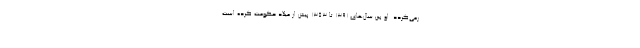
رمی‌گردد. او بین سال‌های ۱۳۹۱ تا ۱۳۵۳ پیش از میلاد حکومت کرده است.